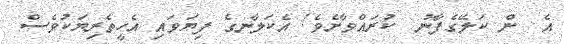
އެ  ން ކަލޭގެފާނު  ކުރައްވާށެވެ! އެކަލާނގެ ފިޔަވައި އެހީތެރިޔަކުވެސް